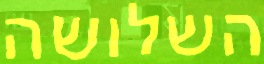
השלושה